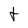
Character: t